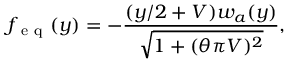
f _ { \mathrm { ~ e ~ q ~ } } ( y ) = - \frac { ( y / 2 + V ) w _ { a } ( y ) } { \sqrt { 1 + ( \theta \pi V ) ^ { 2 } } } ,